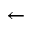
\leftarrow